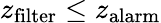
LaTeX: z_{\mathrm{filter}}\le z_{\mathrm{alarm}}